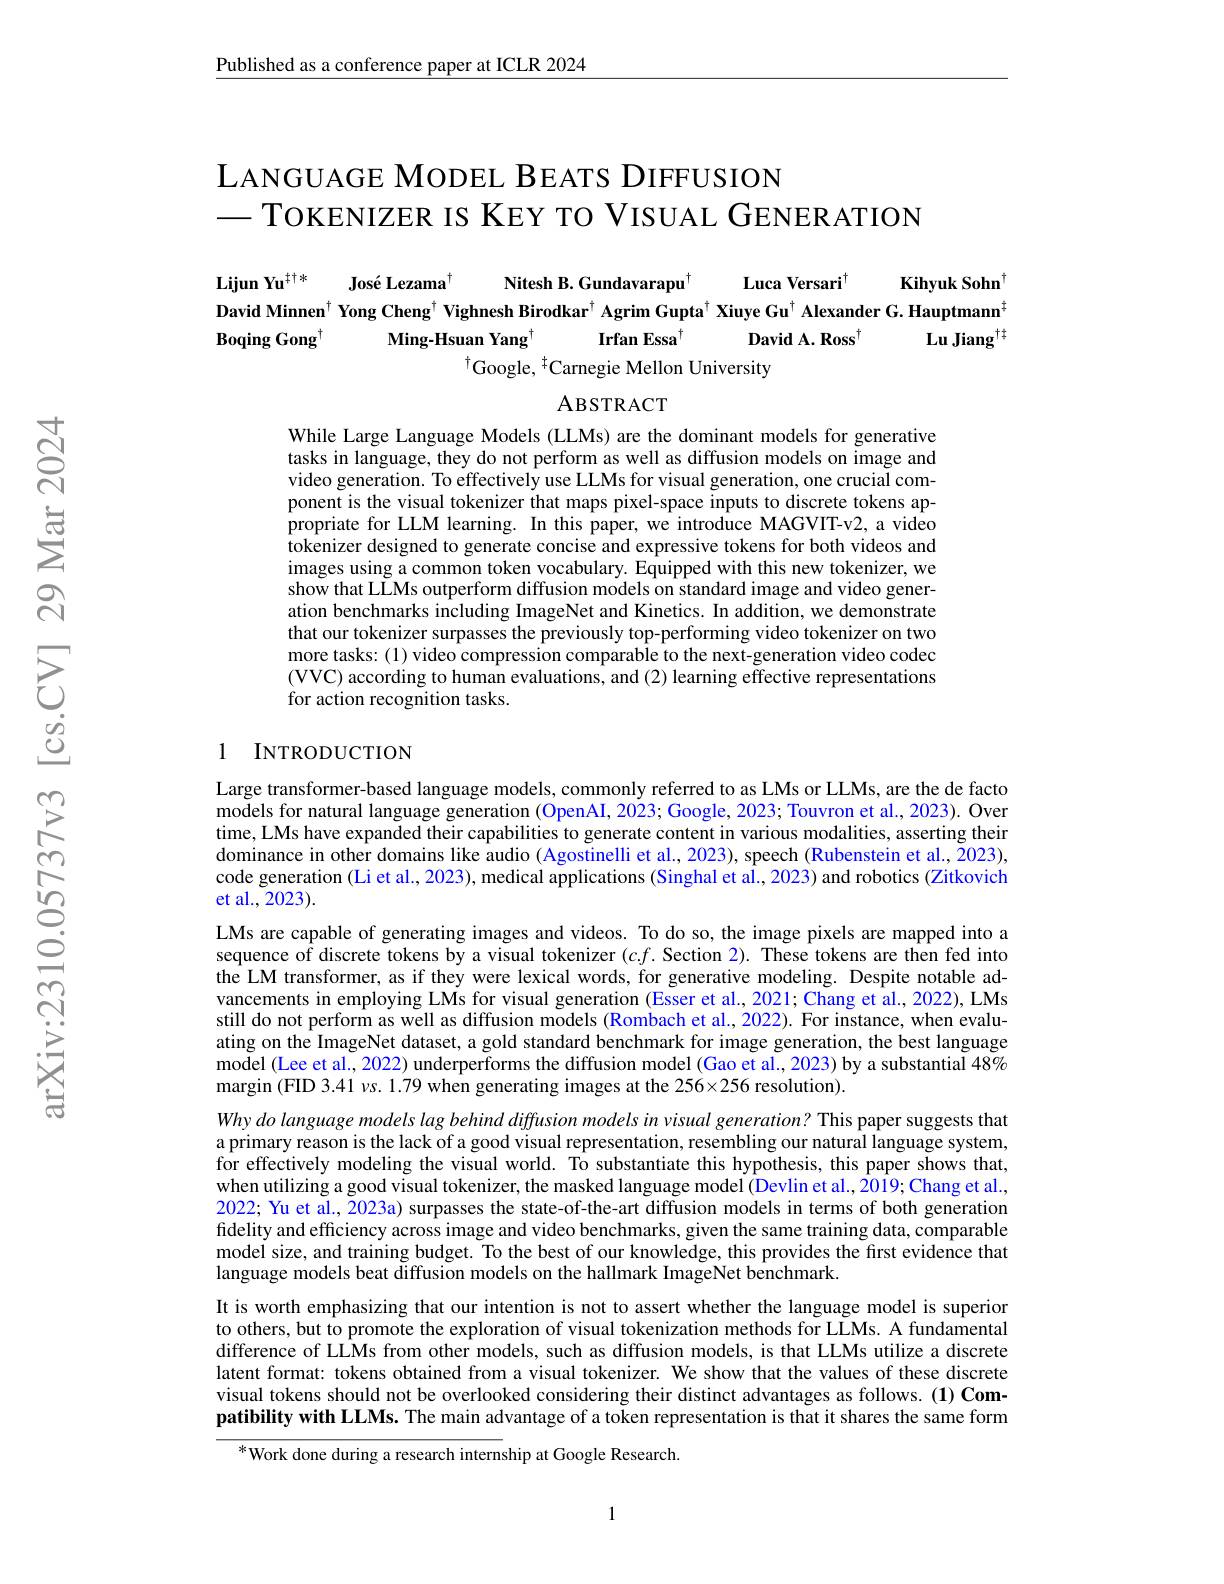
Published as a conference paper at ICLR 2024

## LANGUAGE MODEL BEATS DIFFUSION — TOKENIZER IS KEY TO VISUAL GENERATION

# Lijun Yu$^{\dagger\dagger*}$ José Lezama$^{\dagger}$ Nitesh B. Gundavarapu$^{\dagger}$ Luca Versari$^{\dagger}$ Kihyuk Sohn$^{\dagger}$
David Minnen$^{\dagger}$ Yong Cheng$^{\dagger}$ Vighnesh Birodkar$^{\dagger}$ Agrim Gupta$^{\dagger}$ Xiuye Gu$^{\dagger}$ Alexander G. Hauptmann$^{\ddagger}$
### Boqing Gong$^{\dagger}$ Ming-Hsuan Yang$^{\dagger}$ Irfan Essa$^{\dagger}$ David A. Ross$^{\dagger}$ Lu Jiang$^{\dagger\dagger}$
$^{\dagger}$Google, $^{\dagger}$Carnegie Mellon University

ABSTRACT

While Large Language Models (LLMs) are the dominant models for generative tasks in language, they do not perform as well as diffusion models on image and video generation. To effectively use LLMs for visual generation, one crucial component is the visual tokenizer that maps pixel-space inputs to discrete tokens appropriate for LLM learning. In this paper, we introduce MAGVIT-v2, a video tokenizer designed to generate concise and expressive tokens for both videos and images using a common token vocabulary. Equipped with this new tokenizer, we show that LLMs outperform diffusion models on standard image and video generation benchmarks including ImageNet and Kinetics. In addition, we demonstrate that our tokenizer surpasses the previously top-performing video tokenizer on two more tasks: (1) video compression comparable to the next-generation video codec (VVC) according to human evaluations, and (2) learning effective representations for action recognition tasks.

### 1 INTRODUCTION

Large transformer-based language models, commonly referred to as LMs or LLMs, are the de facto models for natural language generation (OpenAI, 2023; Google, 2023; Touvron et al., 2023). Over time, LMs have expanded their capabilities to generate content in various modalities, asserting their dominance in other domains like audio (Agostinelli et al., 2023), speech (Rubenstein et al., 2023), code generation (Li et al., 2023), medical applications (Singhal et al., 2023) and robotics (Zitkovich et al., 2023).
LMs are capable of generating images and videos. To do so, the image pixels are mapped into a sequence of discrete tokens by a visual tokenizer $( c. f.$Section 2). These tokens are then fed into the LM transformer, as if they were lexical words, for generative modeling. Despite notable advancements in employing LMs for visual generation (Esser et al., 2021; Chang et al., 2022), LMs still do not perform as well as diffusion models (Rombach et al., 2022). For instance, when evaluating on the ImageNet dataset, a gold standard benchmark for image generation, the best language $\tilde{\text{model }(\text{Lee et al., 2022) underperforms the diffusion model }(\text{Gao et al., 2023) by a substantial 48\%}}$ margin (FID 3.41 $vs.1.79$ when generating images at the 256×256 resolution).
Why do language models lag behind diffusion models in visual generation? This paper suggests that a primary reason is the lack of a good visual representation, resembling our natural language system, for effectively modeling the visual world. To substantiate this hypothesis, this paper shows that, when utilizing a good visual tokenizer, the masked language model (Devlin et al., 2019; Chang et al., 2022; Yu et al., 2023a) surpasses the state-of-the-art diffusion models in terms of both generation fidelity and efficiency across image and video benchmarks, given the same training data, comparable model size, and training budget. To the best of our knowledge, this provides the first evidence that language models beat diffusion models on the hallmark ImageNet benchmark.
It is worth emphasizing that our intention is not to assert whether the language model is superior to others, but to promote the exploration of visual tokenization methods for LLMs. A fundamental difference of LLMs from other models, such as diffusion models, is that LLMs utilize a discrete latent format: tokens obtained from a visual tokenizer. We show that the values of these discrete visual tokens should not be overlooked considering their distinct advantages as follows.(1) Compatibility with LLMs. The main advantage of a token representation is that it shares the same form
$^*$Work done during a research internship at Google Research.

1